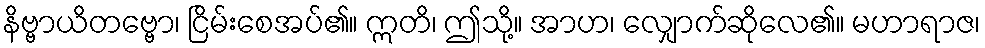
နိဗ္ဗာယိတဗ္ဗော၊ ငြိမ်းစေအပ်၏။ ဣတိ၊ ဤသို့။ အာဟ၊ လျှောက်ဆိုလေ၏။ မဟာရာဇ၊